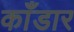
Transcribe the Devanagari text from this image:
काँडार